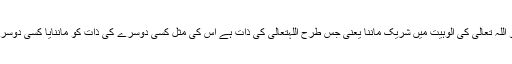
جواب : شِرک کہتے ہیں کسی کو اللّٰہ تعالیٰ کی اُلوہیّت میں شریک ماننا یعنی جس طرح اللّٰہتعالیٰ کی ذات ہے اس کی مِثل کسی دوسرے کی ذات کو ماننایا کسی دوسرے کو عبادت کے لائق سمجھنا ۔